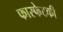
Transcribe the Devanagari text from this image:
फास्फेटकी